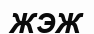
ЖЭЖ